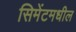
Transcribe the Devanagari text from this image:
सिमेंटमधील